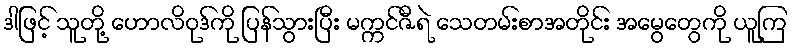
ဒါဖြင့် သူတို့ ဟောလိဝုဒ်ကို ပြန်သွားပြီး မက္ကင်ဇီရဲ သေတမ်းစာအတိုင်း အမွေတွေကို ယူကြ